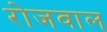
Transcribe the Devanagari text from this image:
रोजवाल